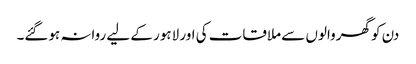
دن کو گھروالوں سے ملاقات کی اور لاہور کے لیے روانہ ہوگئے۔